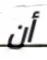
أن